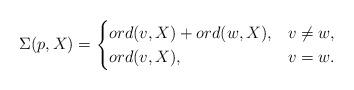
LaTeX: \begin{align*}\Sigma (p,X) =\begin{cases}{ord}(v,X) + {ord}(w,X), & v\neq w , \\{ord}(v,X), & v=w.\end{cases}\end{align*}